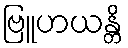
ဗြူဟယန္တိ